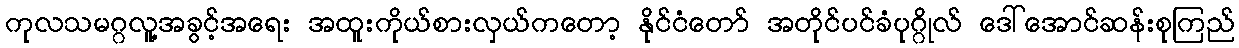
ကုလသမဂ္ဂလူ့အခွင့်အရေး အထူးကိုယ်စားလှယ်ကတော့ နိုင်ငံတော် အတိုင်ပင်ခံပုဂ္ဂိုလ် ဒေါ်အောင်ဆန်းစုကြည်